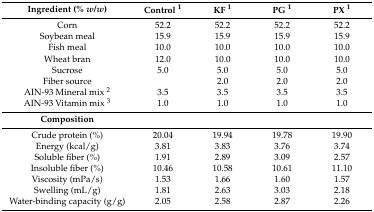
<table><thead><tr><td><b>Ingredient (% <i>w</i>/<i>w</i>)</b></td><td><b>Control <sup>1</sup></b></td><td><b>KF <sup>1</sup></b></td><td><b>PG <sup>1</sup></b></td><td><b>PX <sup>1</sup></b></td></tr></thead><tbody><tr><td>Corn</td><td>52.2</td><td>52.2</td><td>52.2</td><td>52.2</td></tr><tr><td>Soybean meal</td><td>15.9</td><td>15.9</td><td>15.9</td><td>15.9</td></tr><tr><td>Fish meal</td><td>10.0</td><td>10.0</td><td>10.0</td><td>10.0</td></tr><tr><td>Wheat bran</td><td>12.0</td><td>10.0</td><td>10.0</td><td>10.0</td></tr><tr><td>Sucrose</td><td>5.0</td><td>5.0</td><td>5.0</td><td>5.0</td></tr><tr><td>Fiber source</td><td></td><td>2.0</td><td>2.0</td><td>2.0</td></tr><tr><td>AIN-93 Mineral mix <sup>2</sup></td><td>3.5</td><td>3.5</td><td>3.5</td><td>3.5</td></tr><tr><td>AIN-93 Vitamin mix <sup>3</sup></td><td>1.0</td><td>1.0</td><td>1.0</td><td>1.0</td></tr><tr><td><b>Composition</b></td><td></td><td></td><td></td><td></td></tr><tr><td>Crude protein (%)</td><td>20.04</td><td>19.94</td><td>19.78</td><td>19.90</td></tr><tr><td>Energy (kcal/g)</td><td>3.81</td><td>3.83</td><td>3.76</td><td>3.74</td></tr><tr><td>Soluble fiber (%)</td><td>1.91</td><td>2.89</td><td>3.09</td><td>2.57</td></tr><tr><td>Insoluble fiber (%)</td><td>10.46</td><td>10.58</td><td>10.61</td><td>11.10</td></tr><tr><td>Viscosity (mPa/s)</td><td>1.53</td><td>1.66</td><td>1.60</td><td>1.57</td></tr><tr><td>Swelling (mL/g)</td><td>1.81</td><td>2.63</td><td>3.03</td><td>2.18</td></tr><tr><td>Water-binding capacity (g/g)</td><td>2.05</td><td>2.58</td><td>2.87</td><td>2.26</td></tr></tbody></table>